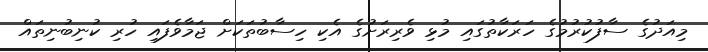
މިއަދުގެ ސާފުކުރުމުގެ ހަރަކާތުގައި މުޅި ވެރިރަށުގެ އެކި ހިސާބުތަކަށް ޖަމާވެފައި ހުރި ކުނިބުނިތައް